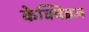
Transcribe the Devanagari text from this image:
केक्विब्रज